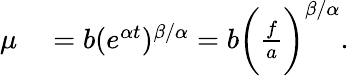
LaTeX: \begin{array}{rl}{\mu}&{{}=b(e^{\alpha t})^{\beta/\alpha}=b\bigg(\frac{f}{a}\bigg)^{\beta/\alpha}.}\end{array}